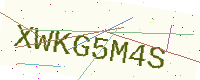
Text: XWKG5M4S